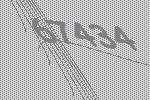
67434